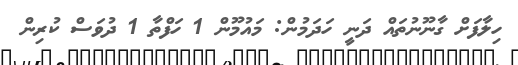
ހިލާފަށް ގާނޫނުތައް ދަނީ ހަދަމުން: މައުމޫން 1 ހަފްތާ 1 ދުވަސް ކުރިން